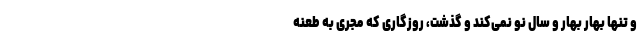
و تنها بهار بهار و سال نو نمی‌کند و گذشت، روزگاری که مجری به طعنه